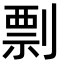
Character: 剽